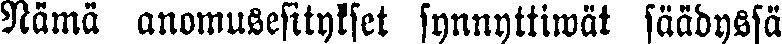
Nämä anomusesitykset synnyttiwät säädyssä